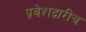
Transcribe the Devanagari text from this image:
प्रवेशद्वारीच